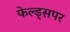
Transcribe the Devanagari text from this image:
फेल्ड्सपर